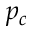
p _ { c }